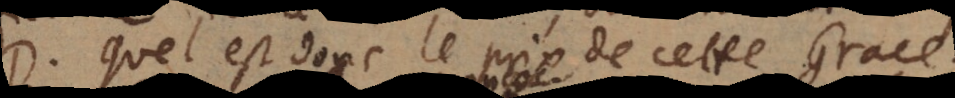
D. Quel est donc le prix de cette Grace?